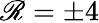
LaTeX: \mathscr{R}=\pm4